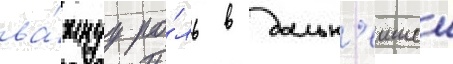
ва́жнуу ро́ль в дальн'еишеи